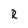
Character: R